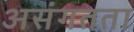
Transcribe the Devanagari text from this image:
असंगतता